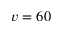
v = 6 0